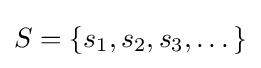
S=\{s_{1},s_{2},s_{3},\dots \}